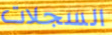
السجلات